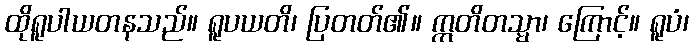
ထိုရူပါယတနသည်။ ရူပယတိ၊ ပြတတ်၏။ ဣတိတသ္မာ၊ ကြောင့်။ ရူပံ၊